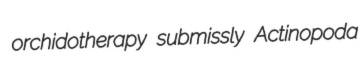
orchidotherapy submissly Actinopoda